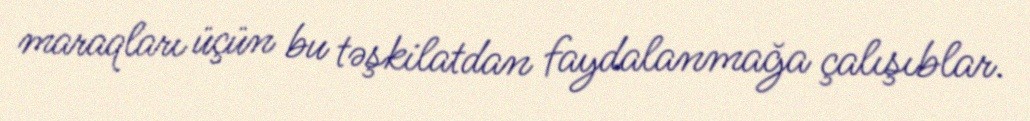
maraqları üçün bu təşkilatdan faydalanmağa çalışıblar.